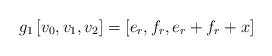
LaTeX: \begin{align*}g_1 \, [v_0,v_1,v_2] = [e_r,f_r,e_r+f_r+x] \end{align*}